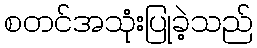
စတင်အသုံးပြုခဲ့သည်